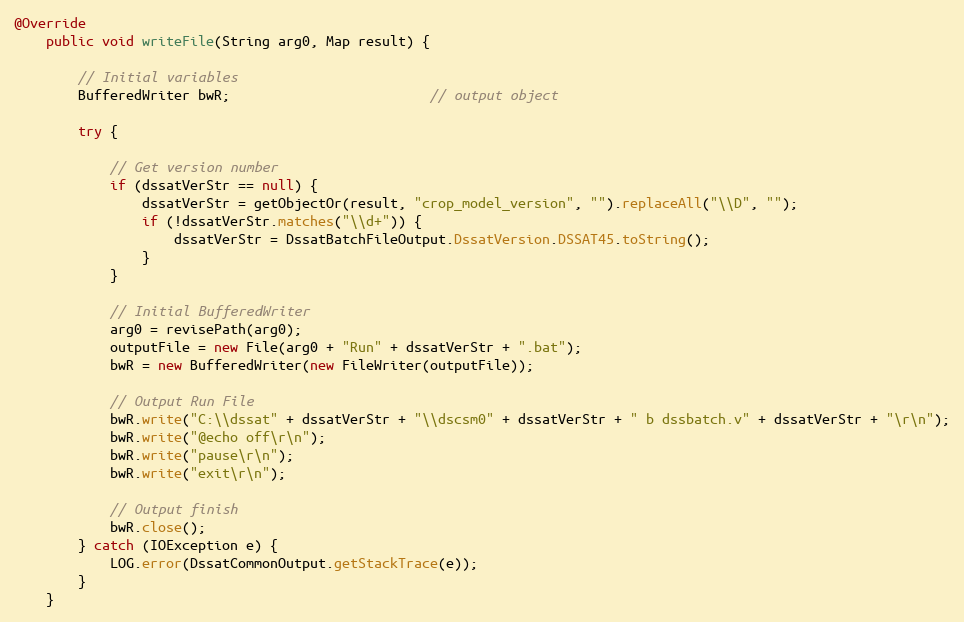
Language: Java
@Override
    public void writeFile(String arg0, Map result) {

        // Initial variables
        BufferedWriter bwR;                         // output object

        try {

            // Get version number
            if (dssatVerStr == null) {
                dssatVerStr = getObjectOr(result, "crop_model_version", "").replaceAll("\\D", "");
                if (!dssatVerStr.matches("\\d+")) {
                    dssatVerStr = DssatBatchFileOutput.DssatVersion.DSSAT45.toString();
                }
            }

            // Initial BufferedWriter
            arg0 = revisePath(arg0);
            outputFile = new File(arg0 + "Run" + dssatVerStr + ".bat");
            bwR = new BufferedWriter(new FileWriter(outputFile));

            // Output Run File
            bwR.write("C:\\dssat" + dssatVerStr + "\\dscsm0" + dssatVerStr + " b dssbatch.v" + dssatVerStr + "\r\n");
            bwR.write("@echo off\r\n");
            bwR.write("pause\r\n");
            bwR.write("exit\r\n");

            // Output finish
            bwR.close();
        } catch (IOException e) {
            LOG.error(DssatCommonOutput.getStackTrace(e));
        }
    }